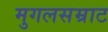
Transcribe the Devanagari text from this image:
मुगलसम्राट